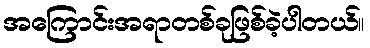
အကြောင်းအရာတစ်ခုဖြစ်ခဲ့ပါတယ်။